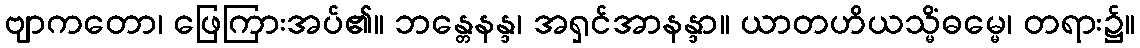
ဗျာကတော၊ ဖြေကြားအပ်၏။ ဘန္တေနန္ဒ၊ အရှင်အာနန္ဒာ။ ယာတဟိယသ္မိံဓမ္မေ၊ တရား၌။